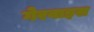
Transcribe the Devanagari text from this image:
गेरवाइस